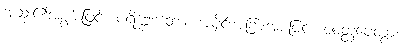
အဆုံး၏အစွမ်းဖြင့်။ ပရိစ္ဆေဒတော၊ အပိုင်းအခြားအားဖြင့်။ ဝဝတ္ထပေတွာ၊